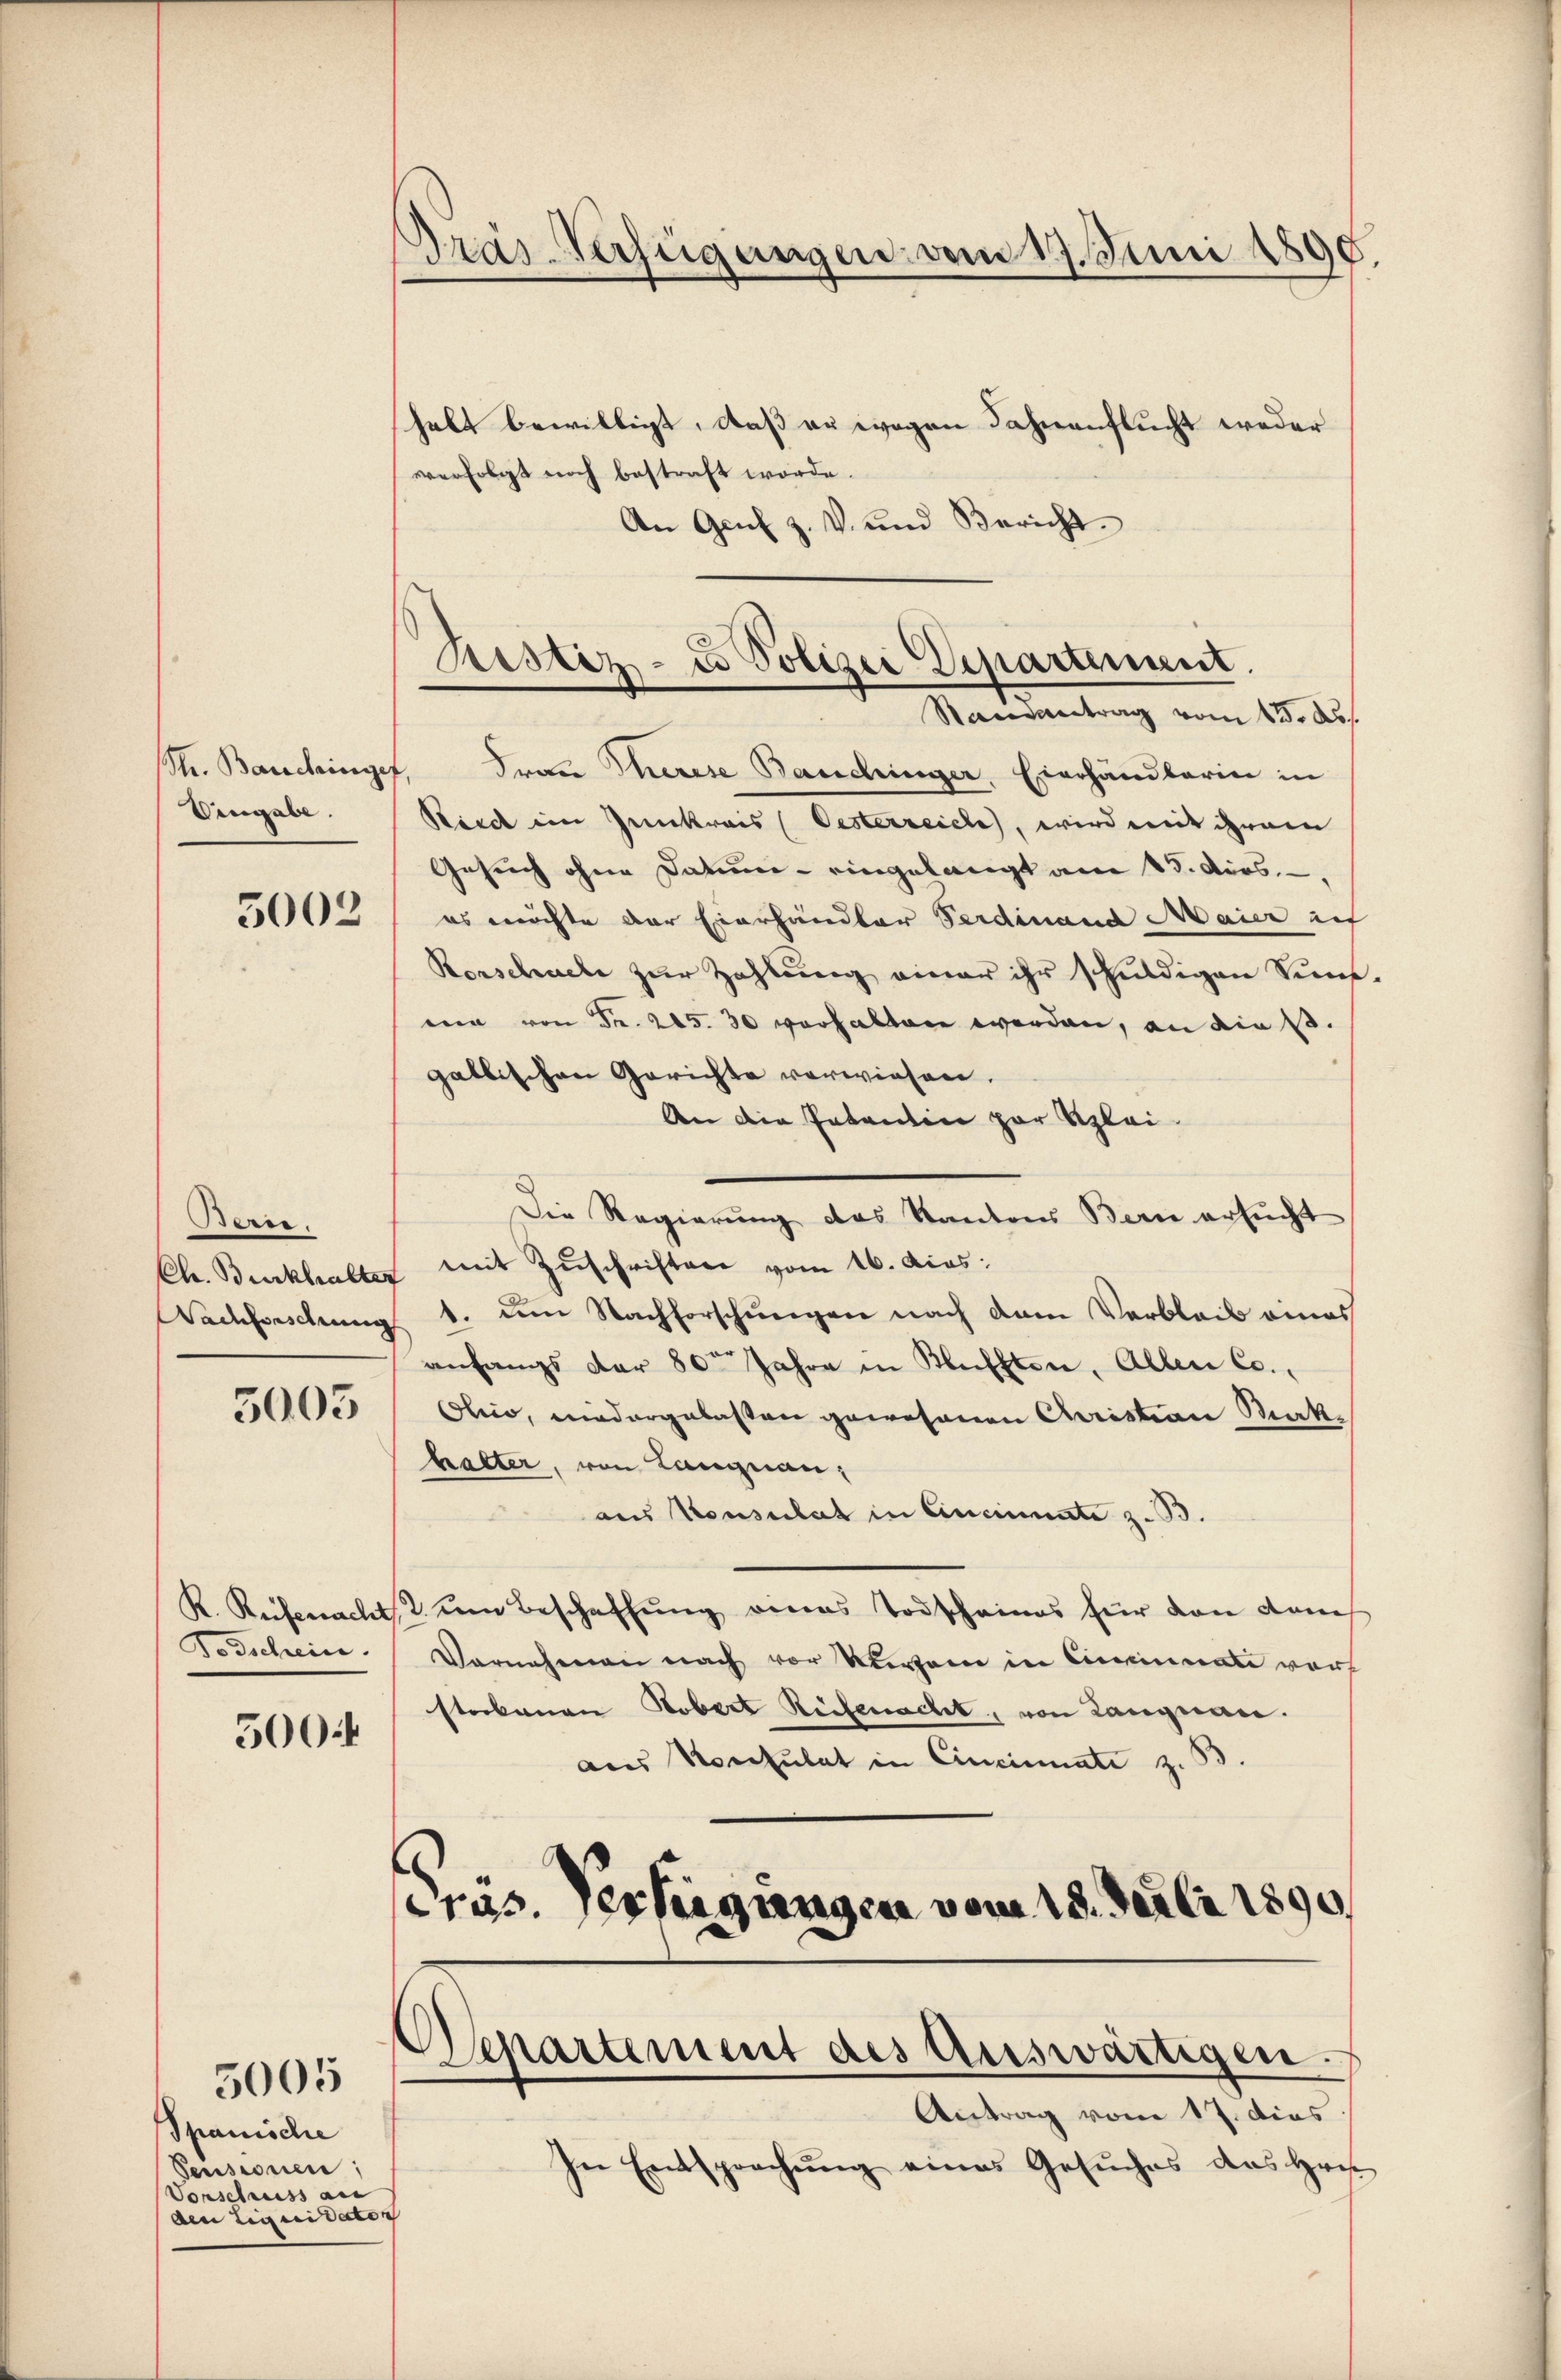
Uingabe.

5003

Frenen.
Ch. Burkhalter

5005

500

Spanische
Pensionen:
Vorschuss au
den Liquidaten

5005

halt bewilligt, daß er wegen Fahnenflucht weder
verfolgt noch bestraft werde.
An Genf z. V. und Bericht.
Str. Bauchinger. Frau Therese Baudringer, Eierhandlerin in
Reid im Zenkrais (Oesterreich, wird mit ihrem
Gesuch ohne Datume - eingelangt am 15. ders.
es möchte der Eierhandler Ferdinand Maier ich
Rorschache zŭr Zahlŭng einer ihr schuldigen Sine
een von Fr. 205. 30 vorhalten worden, an die 1.
gallischen Gerichte verwiesen.
An die Patentin zur Klei
Die Regierung des Kantons Bern ersucht
mit Zuschriften vom 16. Acas:
achforschung 1. um Nachforschungen nach dem Verbleib eines
anfangs der 80ten Jahre in Blüfften. Allen Co.,
Ohio, niedergelasten gewesenen Christian Makhalter, von Langnau,
aus Konsulat in Cincinnate z. B.
K. Reifenacht um Beschaffung eines Todscheines für den danch
Todschein Vornahmen nach vor Verzen in Cincinati vorh
storbenen Kobert Reifenacht, von Langnau.
aus Konsulat in Cincinate z. B.
ras. Verfügungen vom 18. Juli 1890

Dräs-Verfügungen vom 17. Juni 1890.

Ristiz- u Polizei Departement.
Ramantrag vom 15. d.

Departement des Auswärtigen.
Antrag vom 17. dies

In Entsprechŭng eines Gesŭches das Haus